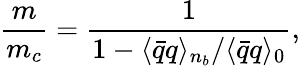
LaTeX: \frac{m}{m_{c}}=\frac{1}{1-{\langle\bar{q}q\rangle_{n_{b}}}/{\langle\bar{q}q\rangle_{0}}},